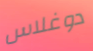
دوغلاس